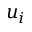
u _ { i }